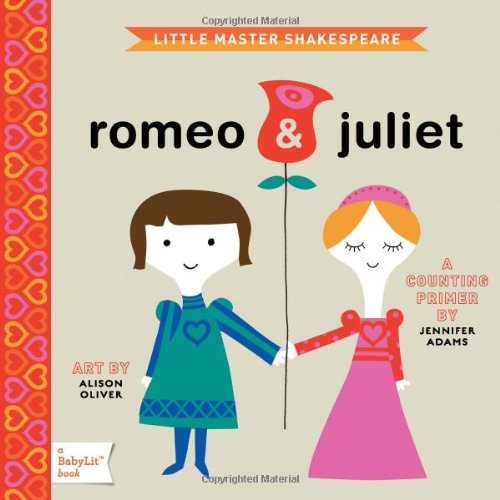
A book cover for Romeo & Juliet: A BabyLitÂ® Counting Primer (BabyLit Books); Jennifer Adams; Children's Books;